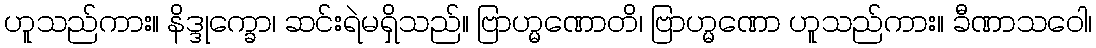
ဟူသည်ကား။ နိဒ္ဒုက္ခော၊ ဆင်းရဲမရှိသည်။ ဗြာဟ္မဏောတိ၊ ဗြာဟ္မဏော ဟူသည်ကား။ ခီဏာသဝေါ၊